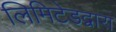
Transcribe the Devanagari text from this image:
लिमिटेडद्वारा